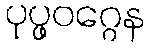
ပုပ္ဖဝဂ္ဂေန